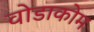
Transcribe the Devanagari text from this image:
वोडाकोम